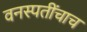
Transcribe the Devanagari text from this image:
वनस्पतींचाच